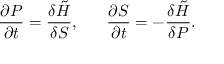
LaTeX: \frac { \partial P } { \partial t } = \frac { \delta \tilde { H } } { \delta S } , ~ ~ ~ ~ ~ \frac { \partial S } { \partial t } = - \frac { \delta \tilde { H } } { \delta P } .